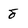
Character: 8